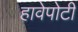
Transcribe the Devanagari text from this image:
हावेपोटी